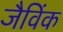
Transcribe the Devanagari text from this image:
जैविंक